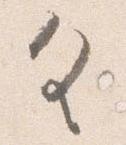
具